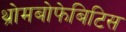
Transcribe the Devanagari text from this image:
थ्रोमबोफेबिटिस